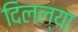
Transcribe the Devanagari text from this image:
दिलल्या